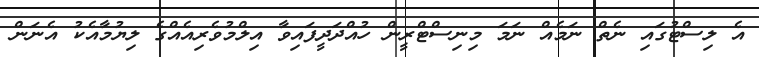
އެ ލިސްޓުގައި ނެތް ނަމެއް ނަމަ މިނިސްޓްރީން ހުއްދަދީފައިވާ އިލްމުވެރިއެއްގެ ލިޔުމާއެކު އެނަން